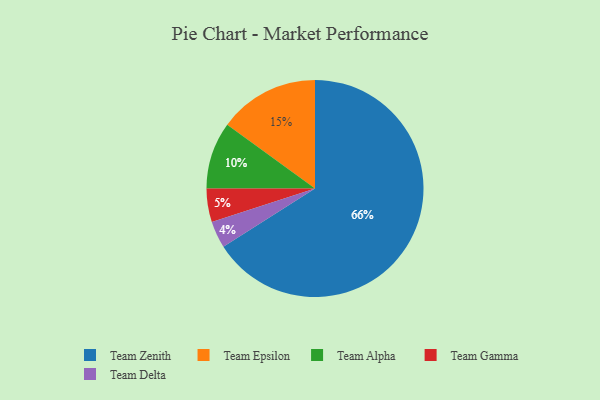
{"axis": {"x": "Category", "y": "Percentage"}, "legend": ["Team Alpha", "Team Delta", "Team Epsilon", "Team Gamma", "Team Zenith"], "data": [{"x": "Team Alpha", "y": 10, "type": "Team Alpha"}, {"x": "Team Zenith", "y": 66, "type": "Team Zenith"}, {"x": "Team Delta", "y": 4, "type": "Team Delta"}, {"x": "Team Epsilon", "y": 15, "type": "Team Epsilon"}, {"x": "Team Gamma", "y": 5, "type": "Team Gamma"}]}